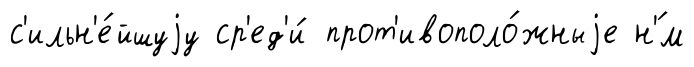
с'ильн'е́йшуjу ср'ед'и́ прот'ивополо́жныjе н'́м